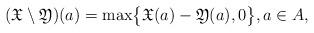
LaTeX: \begin{align*} (\mathfrak{X}\setminus\mathfrak{Y})(a) = \max\bigl\{\mathfrak{X}(a)-\mathfrak{Y}(a), 0 \bigr\}, a\in A,\end{align*}